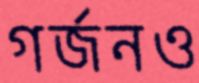
গর্জনও